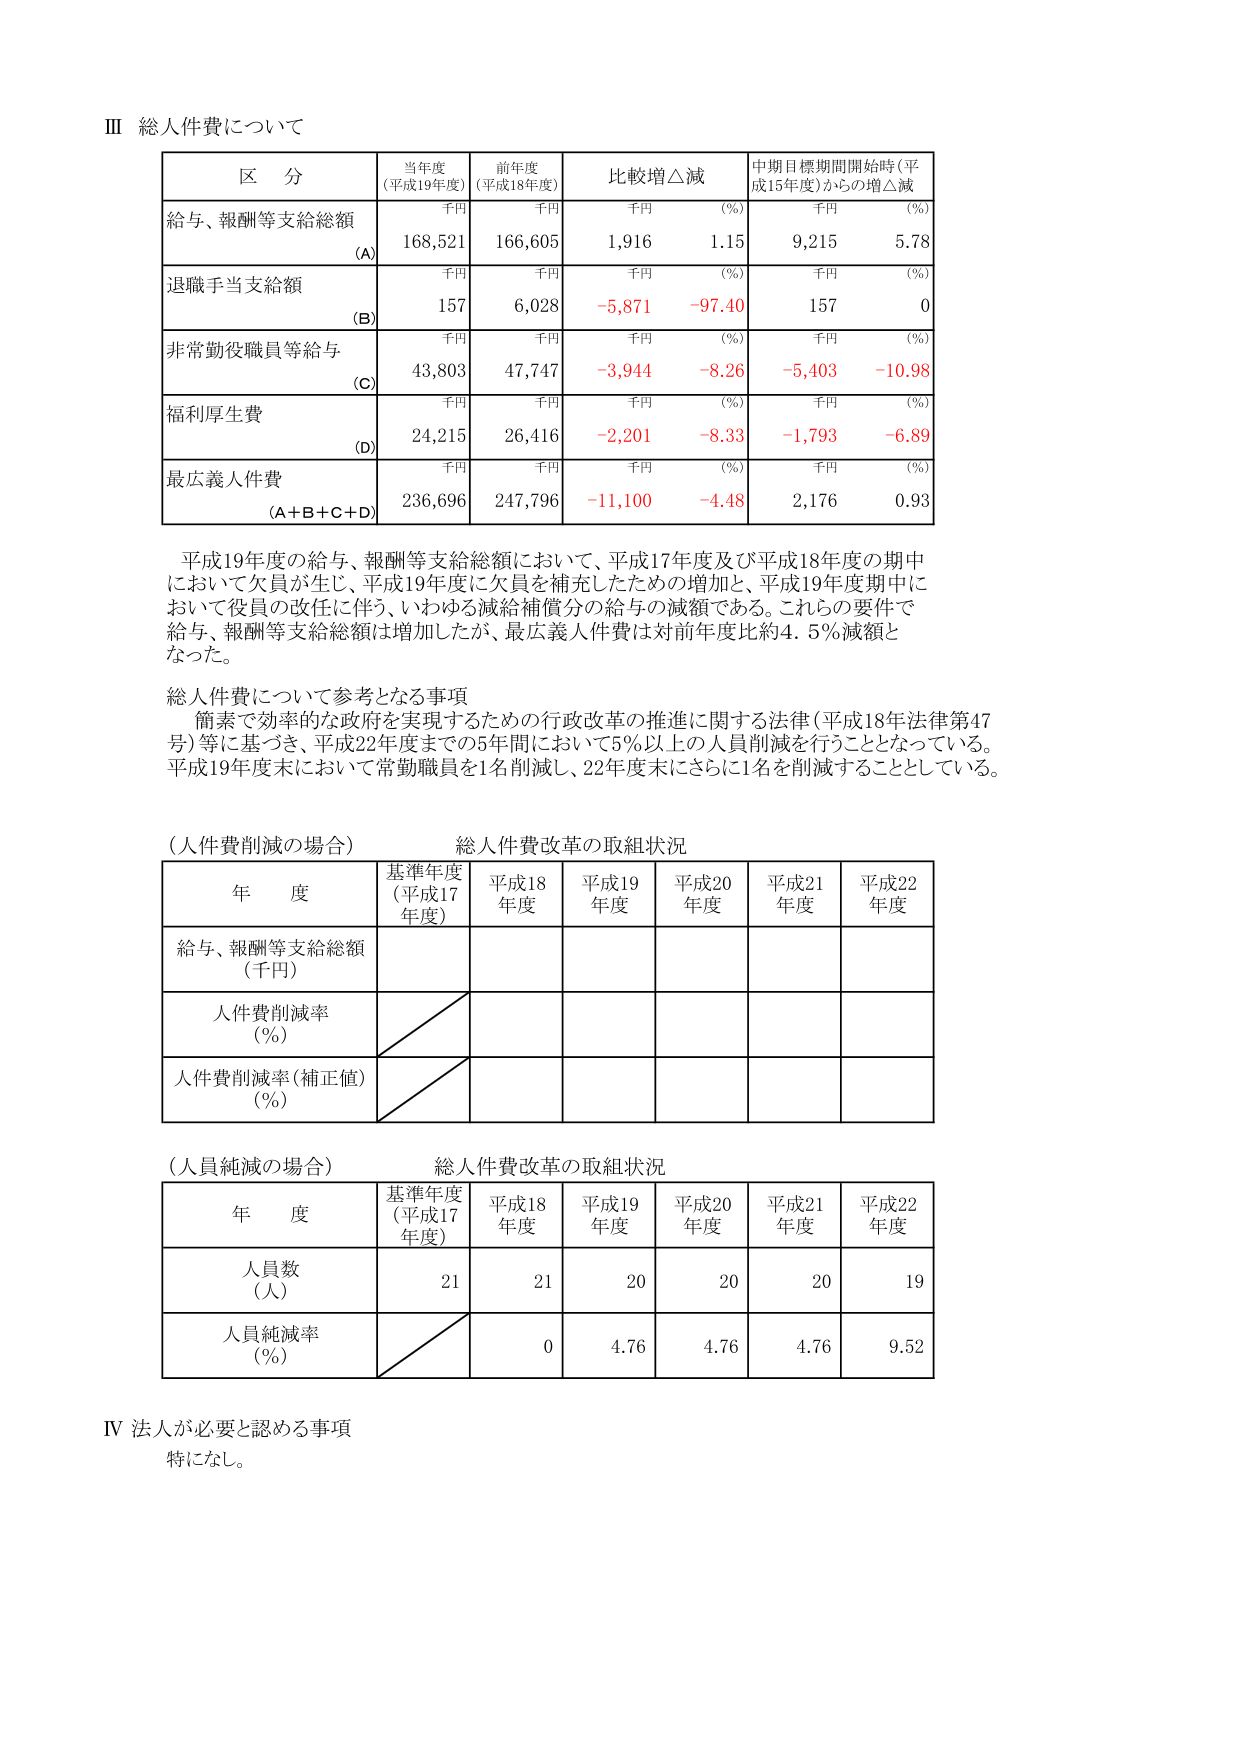
Ⅲ 総人件費について

区 分 当年度 (平成19年度) 前年度 (平成18年度) 比較増△減 中期目標期間開始時(平成15年度)からの増△減
千円 千円 千円 (%) 千円 (%)
給与、報酬等支給総額 (A) 168,521 166,605 1,916 1.15 9,215 5.78
退職手当支給額 (B) 千円 千円 千円 (%) 千円 (%)
157 6,028 -5,871 -97.40 157 0
非常勤役職員等給与 (C) 千円 千円 千円 (%) 千円 (%)
43,803 47,747 -3,944 -8.26 -5,403 -10.98
福利厚生費 (D) 千円 千円 千円 (%) 千円 (%)
24,215 26,416 -2,201 -8.33 -1,793 -6.89
最広義人件費 (A+B+C+D) 千円 千円 千円 (%) 千円 (%)
236,696 247,796 -11,100 -4.48 2,176 0.93

平成19年度の給与、報酬等支給総額において、平成17年度及び平成18年度の期中において欠員が生じ、平成19年度に欠員を補充したための増加と、平成19年度期中において役員の改任に伴う、いわゆる減給補償分の給与の減額である。これらの要件で給与、報酬等支給総額は増加したが、最広義人件費は対前年度比約4.5％減額となった。

総人件費について参考となる事項
簡素で効率的な政府を実現するための行政改革の推進に関する法律（平成18年法律第47号）等に基づき、平成22年度までの5年間において5％以上の人件費削減を行うこととなっている。平成19年度末において常勤職員を1名削減し、22年度末にさらに1名を削減することとしている。

（人件費削減の場合） 総人件費改革の取組状況
年 度 基準年度（平成17年度） 平成18年度 平成19年度 平成20年度 平成21年度 平成22年度
給与、報酬等支給総額（千円）
人件費削減率（％）
人件費削減率（補正値）（％）

（人員純減の場合） 総人件費改革の取組状況
年 度 基準年度（平成17年度） 平成18年度 平成19年度 平成20年度 平成21年度 平成22年度
人員数（人） 21 21 20 20 20 19
人員純減率（％） 0 4.76 4.76 4.76 9.52

Ⅳ 法人が必要と認める事項
特になし。